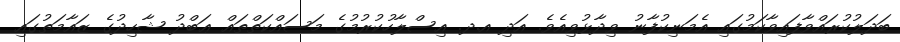
ބަދަލުކުރައްވާފައިވާކަމުގައި އެމަނިކުފާނު ވިދާޅުވިއެވެ. އަދި އ.ދ. އިސްލާހުކުރުމުގެ މަސައްކަތްތައް ޢަބްދު ޝާހިދުގެ ޒައާމަތުގައި